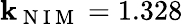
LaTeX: \mathbf{k}_{\mathrm{{~N~I~M~}}}=1.328